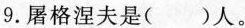
9.屠格涅夫是( )人。